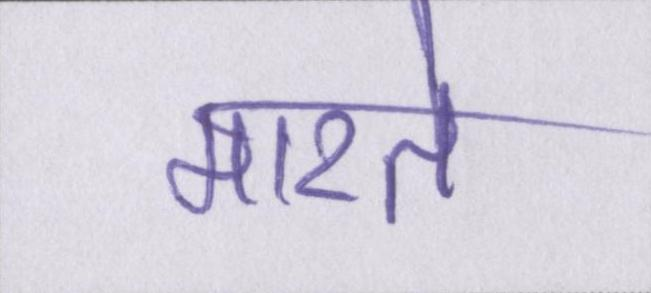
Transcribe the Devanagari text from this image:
मारते